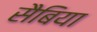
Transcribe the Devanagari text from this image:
सैबिया